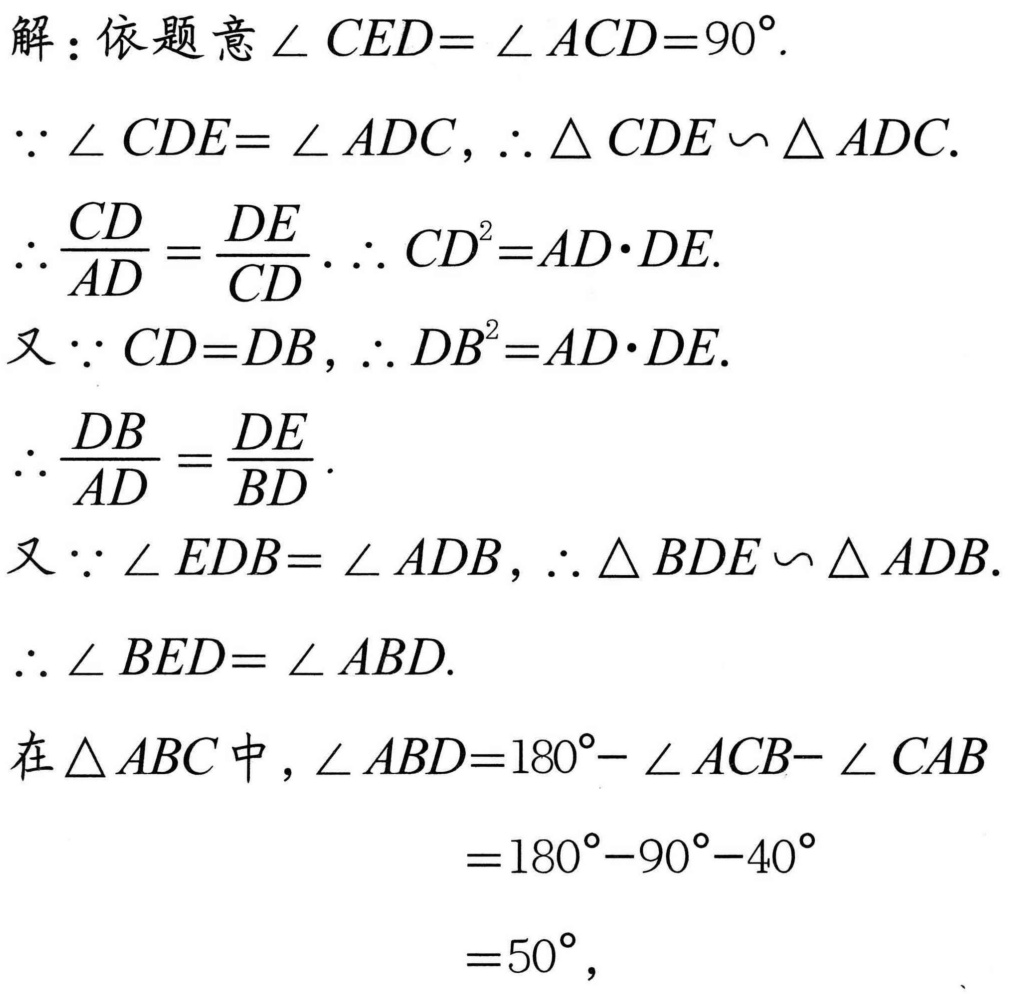
解：依题意$\angle CED=\angle ACD = 90^{\circ}$.
$\because\angle CDE=\angle ADC$，$\therefore\triangle CDE\backsim\triangle ADC$.
$\therefore\frac{CD}{AD}=\frac{DE}{CD}$.$\therefore CD^{2}=AD\cdot DE$.
又$\because CD = DB$，$\therefore DB^{2}=AD\cdot DE$.
$\therefore\frac{DB}{AD}=\frac{DE}{BD}$.
又$\because\angle EDB=\angle ADB$，$\therefore\triangle BDE\backsim\triangle ADB$.
$\therefore\angle BED=\angle ABD$.
在$\triangle ABC$中，$\angle ABD = 180^{\circ}-\angle ACB-\angle CAB$
$=180^{\circ}-90^{\circ}-40^{\circ}$
$=50^{\circ}$，